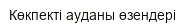
Көкпекті ауданы өзендері